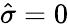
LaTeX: \hat{\sigma}=0